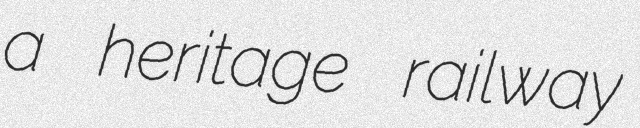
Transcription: a heritage railway